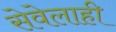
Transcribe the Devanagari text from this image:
सेवेलाही